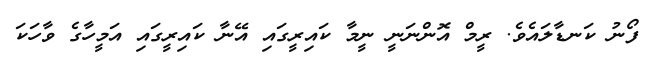
ފޯނު ކަނޑާލައެވެ. ރީމް އޮންނަނީ ނީމާ ކައިރީގައި އޭނާ ކައިރީގައި އަމީހާގެ ވާހަކަ